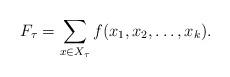
LaTeX: \begin{align*}F_{\tau}=\sum_{x \in X_{\tau} } f(x_1,x_2,\dots,x_k).\end{align*}